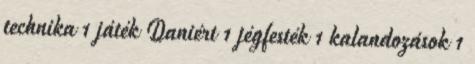
technika 1 játék Daniért 1 jégfesték 1 kalandozások 1